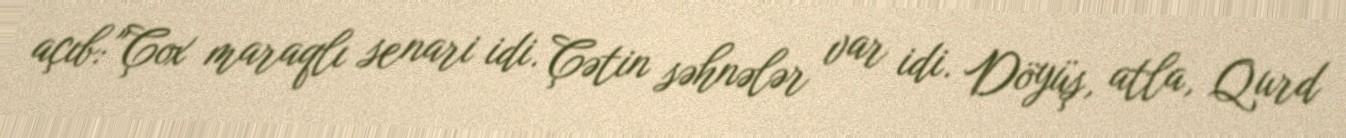
açıb: "Çox maraqlı senari idi. Çətin səhnələr var idi. Döyüş, atla, Qurd